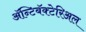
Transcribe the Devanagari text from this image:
ॲन्टिबॅक्‍टेरिअल